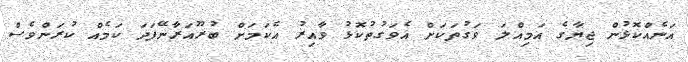
އަނެއްކޮޅުން ޖިޔާގެ އަމިއްލަ ވަގުތަކަށް އެވަގުތުކޮޅު ވާއިރު އެކަމަށް ބުރޫއަރާނޭފަދަ ކަމެއް ކުރަންވެސް